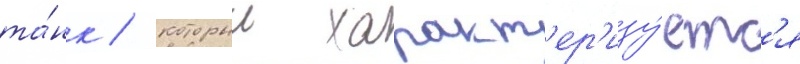
та́нк / которыи характ'ер'изу́етс'я